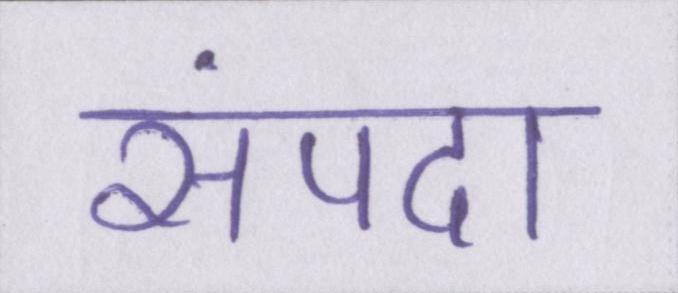
संपदा